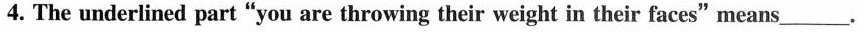
4. The underlined part"you are throwing their weight in their faces"means___.